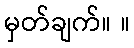
မှတ်ချက်။ ။